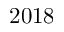
2 0 1 8